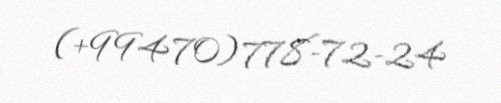
(+994 70) 778-72-24